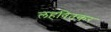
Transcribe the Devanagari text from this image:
लहवितकर